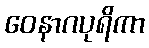
ဝေနာဂပုရိကာ